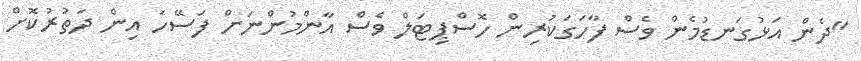
"ދެން އަޅުގަނޑުމެން ވެސް ފާހަގަކުރިން ހޮސްޕިޓަލް ވެސް އާންމުންނަށް ފަސޭހަ އިން ދަތުރުކޮށް